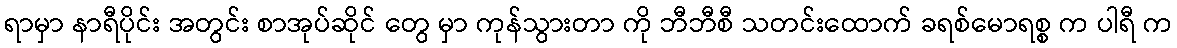
ရာမှာ နာရီပိုင်း အတွင်း စာအုပ်ဆိုင် တွေ မှာ ကုန်သွားတာ ကို ဘီဘီစီ သတင်းထောက် ခရစ်မောရစ္စ က ပါရီ က